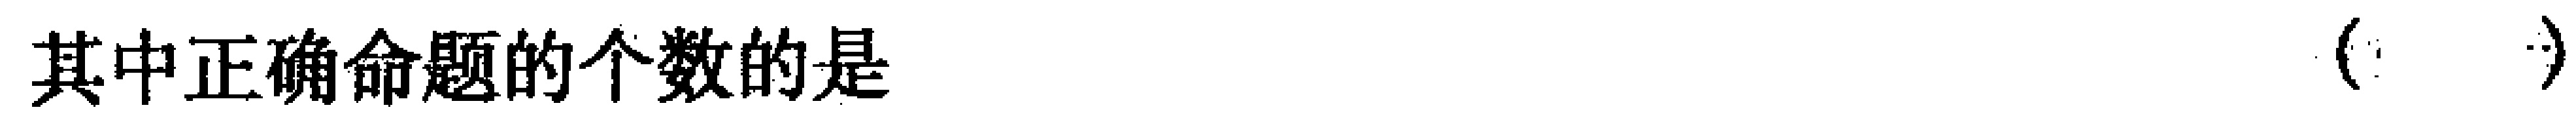
其中正确命题的个数的是（  ）